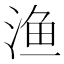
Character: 渔